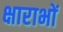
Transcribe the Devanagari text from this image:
क्षाराभों